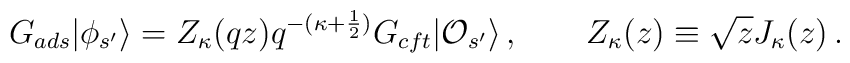
G_{ads}|\phi_{s^\prime}\rangle =Z_\kappa(qz)q^{-(\kappa+\frac{1}{2})}G_{cft}|{\cal O}_{s^\prime}\rangle\,,\qquad Z_\kappa(z)\equiv \sqrt{z}J_\kappa(z)\,.